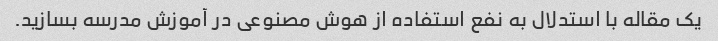
یک مقاله با استدلال به نفع استفاده از هوش مصنوعی در آموزش مدرسه بسازید.